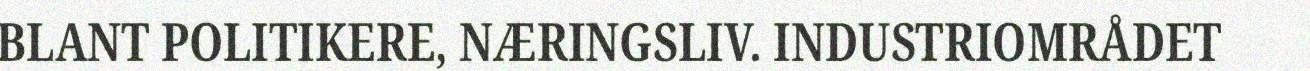
BLANT POLITIKERE, NÆRINGSLIV. INDUSTRIOMRÅDET